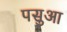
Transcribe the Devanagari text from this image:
पसुआ